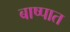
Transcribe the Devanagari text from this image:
बाष्पात